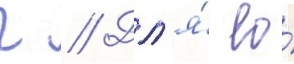
г // Дл'я́ ео́